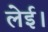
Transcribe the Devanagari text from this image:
लेई।